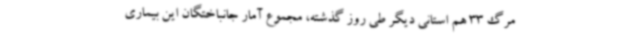
مرگ 33 هم استانی دیگر طی روز گذشته، مجموع آمار جانباختگان این بیماری